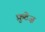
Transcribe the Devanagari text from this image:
फ़ुटेज़